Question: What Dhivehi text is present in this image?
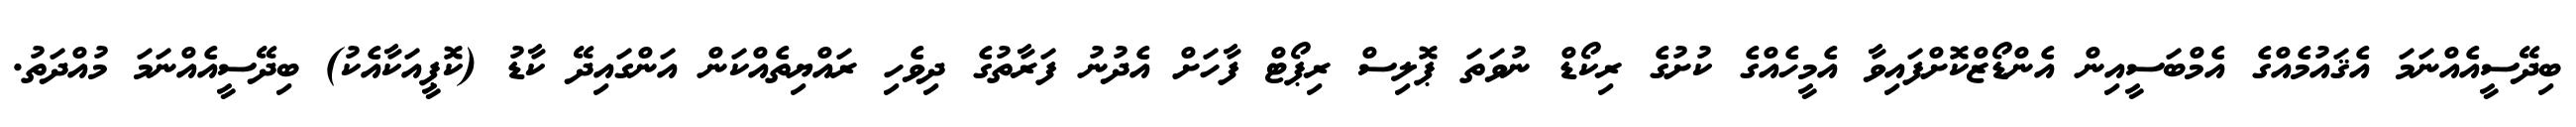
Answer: ބިދޭސީއެއްނަމަ އެޤައުމެއްގެ އެމްބަސީއިން އެންޑޯޒްކޮށްފައިވާ އެމީހެއްގެ ކުށުގެ ރިކޯޑް ނުވަތަ ޕޮލިސް ރިޕޯޓް ފާހަށް އެދުނު ފަރާތުގެ ދިވެހި ރައްޔިތެއްކަން އަންގައިދޭ ކާޑު (ކޮޕީއަކާއެކު) ބިދޭސީއެއްނަމަ މުއްދަތު.